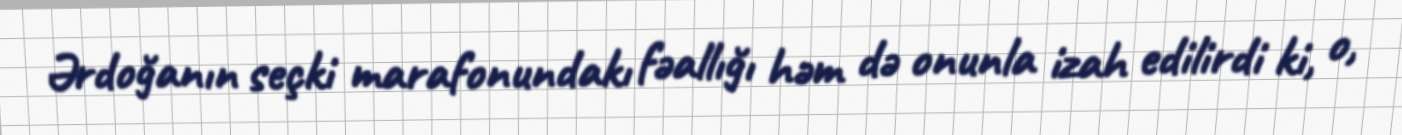
Ərdoğanın seçki marafonundakı fəallığı həm də onunla izah edilirdi ki, o,